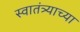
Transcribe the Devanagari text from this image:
स्‍वातंत्र्याच्‍या